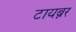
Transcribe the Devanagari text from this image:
टायब्नर